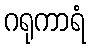
ဂရုကာရံ